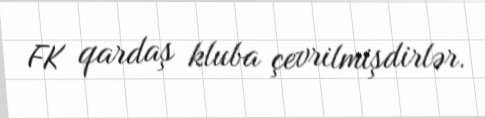
FK qardaş kluba çevrilmişdirlər.